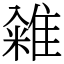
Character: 䨀